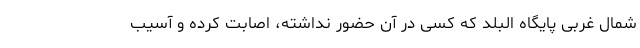
شمال غربی پایگاه البلد که کسی در آن حضور نداشته، اصابت کرده و آسیب